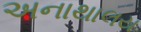
અનાથાલય